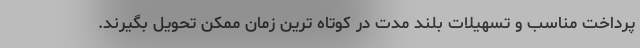
پرداخت مناسب و تسهیلات بلند مدت در کوتاه ترین زمان ممکن تحویل بگیرند.